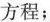
方程；